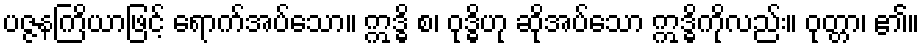
ပဇ္ဇနကြိယာဖြင့် ရောက်အပ်သော။ ဣဒ္ဓိ စ၊ ဝုဒ္ဓိဟု ဆိုအပ်သော ဣဒ္ဓိကိုလည်း။ ဝုတ္တာ၊ ၏။